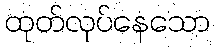
ထုတ်လုပ်နေသော